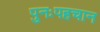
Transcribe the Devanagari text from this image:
पुनःपहचान